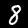
Digit: 8